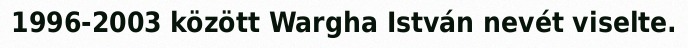
1996-2003 között Wargha István nevét viselte.